system: You are a helpful assistant.
user:
Analyze the provided spectrum to determine if it is a **"Cataclysmic Variables (CV)"**.

- **Key Indicators for CV (Check for either state):**
    - **State 1: Quiescent / Low-State (Emission-Dominated)**
        - **(Primary):** Strong and *very broad* Hydrogen Balmer emission lines (e.g., $H\alpha$ at 6563 Å, $H\beta$ at 4861 Å). The 'broadness' (high velocity dispersion, often FWHM > 1000 km/s) is the key diagnostic, indicating a high-velocity accretion disk.
        - **(Secondary):** Broad neutral Helium (He I) emission lines (e.g., 5876 Å, 6678 Å).
        - **(Key Confirmation):** Presence of high-excitation *ionized* Helium (He II) emission at 4686 Å. This is a strong indicator of accretion onto a white dwarf.
        - **(Line Profile):** Emission lines may exhibit a 'double-peaked' profile, which is a classic signature of a rotating accretion disk viewed at high inclination.

    - **State 2: Outburst / High-State (Absorption-Dominated)**
        - **(Primary):** Spectrum is dominated by a bright, blue continuum (looks like a hot star).
        - **(Secondary):** The emission lines from State 1 are weak, absent, or 'filled in', and are replaced by broad, shallow *absorption* lines (primarily Balmer and He I).
        - **(Morphology):** The overall spectrum mimics a hot B/A-type star. The crucial difference is that the absorption lines are significantly broader, shallower, and more 'washed-out' (or 'smeared') than the sharp lines of a normal stellar photosphere, due to high rotational speeds and pressure broadening in the disk.

Think first, call **spectral_visualization_tool** if needed to examine features in detail, then provide your final answer. Your response must adhere to the following strict rules:
1.  **Overall Structure:** Your response must follow the format `<think>...</think> <tool_call>...</tool_call> (if a tool is used) <answer>...</answer>`.
2.  **Tool Usage Constraint:** You may only make **one** tool call per turn.
3.  **Final Answer Format:** In the `<answer>` tag, your conclusion must be inside a `\boxed{}` command (e.g., `\boxed{YES}`), followed by your justification.

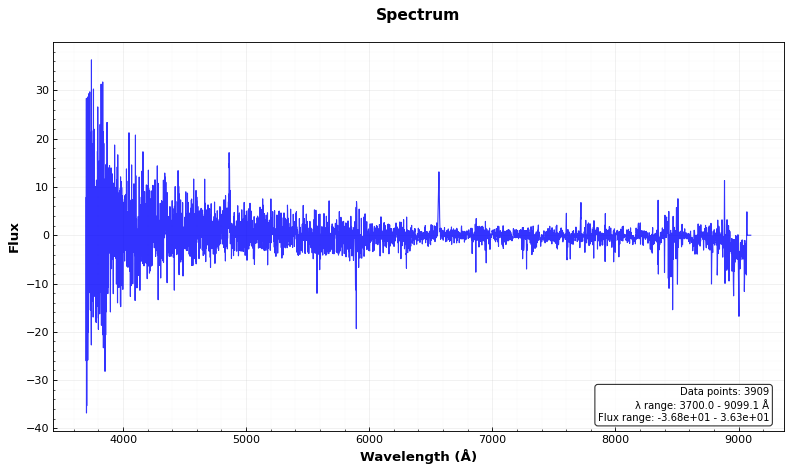
Answer: YES